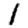
Digit: 1